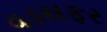
વડસફર